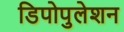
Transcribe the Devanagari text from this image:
डिपोपुलेशन